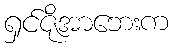
ရှင်ဇိုအာဘေးက